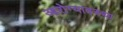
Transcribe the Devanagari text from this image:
आरोग्यावस्था